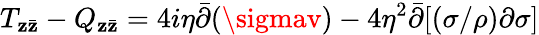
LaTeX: T_{\mathbf{z}\bar{{\mathbf{z}}}}-Q_{\mathbf{z}\bar{{\mathbf{z}}}}=4i\eta\bar{{\partial}}(\sigmav)-4\eta^{2}\bar{{\partial}}[(\sigma/\rho)\partial\sigma]